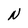
Character: N